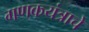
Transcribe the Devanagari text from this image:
गणकयंत्राचे